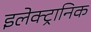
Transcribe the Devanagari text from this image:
इलेक्‍ट्रानिक